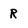
Character: R